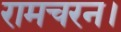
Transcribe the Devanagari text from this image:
रामचरन।